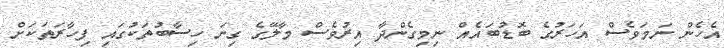
އެހެން ނަމަވެސް އަހަރުގެ ބޮޑުބައެއް ނިމިގެންދާ އިރުވެސް މާލޭގެ ގިނަ ހިސާބުތަކުގައި ފިހާރަތަކަށް